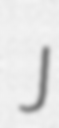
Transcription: J